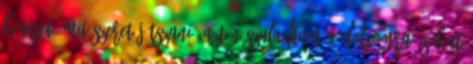
kincset, mit szeret játszani, aztán szaladtam a dolgomra. Sokat